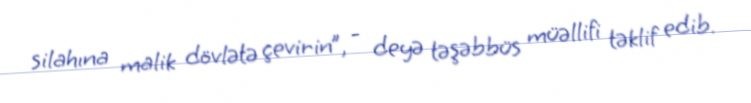
silahına malik dövlətə çevirin”, - deyə təşəbbüs müəllifi təklif edib.